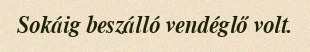
Sokáig beszálló vendéglő volt.